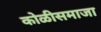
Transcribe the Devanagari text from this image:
कोळीसमाजा